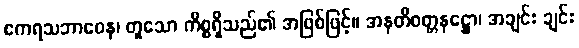
ဧကရသဘာဝေန၊ တူသော ကိစ္စရှိသည်၏ အဖြစ်ဖြင့်။ အနတိဝတ္တနဋ္ဌော၊ အချင်း ချင်း